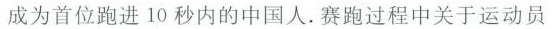
成为首位跑进10秒内的中国人。赛跑过程中关于运动员